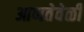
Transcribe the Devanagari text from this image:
आणतेवेळी